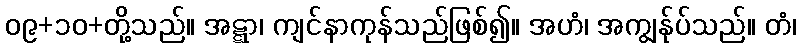
၀၉+၁၀+တို့သည်။ အဋ္ဋာ၊ ကျင်နာကုန်သည်ဖြစ်၍။ အဟံ၊ အကျွန်ုပ်သည်။ တံ၊